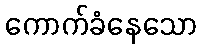
ကောက်ခံနေသော